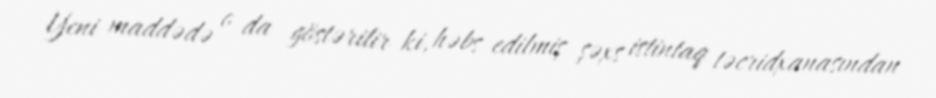
Yeni maddədə o da göstərilir ki, həbs edilmiş şəxs istintaq təcridxanasından